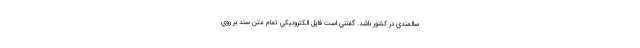
سالمندي در كشور باشد. گفتني است فايل الكترونيكي تمام متن سند بر روي